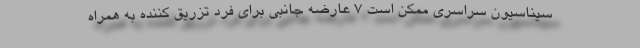
سیناسیون سراسری ممکن است 7 عارضه جانبی برای فرد تزریق کننده به همراه